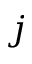
j